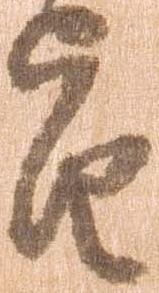
旨